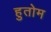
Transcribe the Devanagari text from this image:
हुतोम